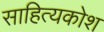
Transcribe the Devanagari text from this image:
साहित्यकोश